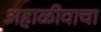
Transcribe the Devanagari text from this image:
अहाळीवाचा